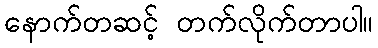
နောက်တဆင့် တက်လိုက်တာပါ။